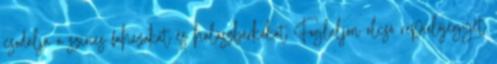
csodálja a színes faházakat és halászbárkákat Foglaljon olcsó repülőjegyet